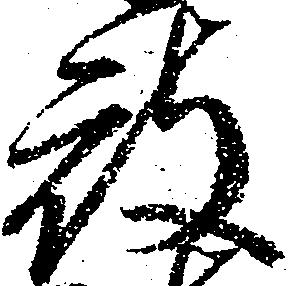
被